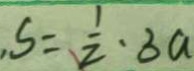
S = \frac { 1 } { 2 } \cdot 3 a